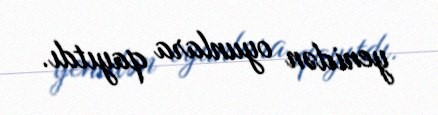
yenidən oyunlara qayıtdı.